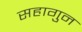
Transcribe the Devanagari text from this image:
सहागुन